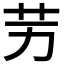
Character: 𦬋